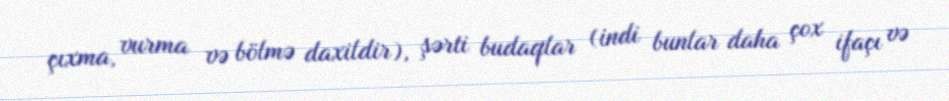
çıxma, vurma və bölmə daxildir), şərti budaqlar (indi bunlar daha çox ifaçı və